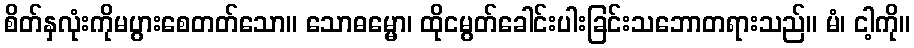
စိတ်နှလုံးကိုမပွားစေတတ်သော။ သောဓမ္မော၊ ထိုငမွတ်ခေါင်းပါးခြင်းသဘောတရားသည်။ မံ၊ ငါ့ကို။